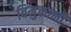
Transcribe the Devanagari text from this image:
विमुक्तांनी